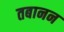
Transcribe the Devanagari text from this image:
तबानन